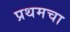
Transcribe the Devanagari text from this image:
प्रथमचा